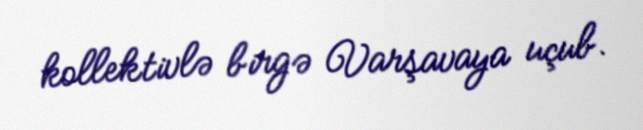
kollektivlə birgə Varşavaya uçub.